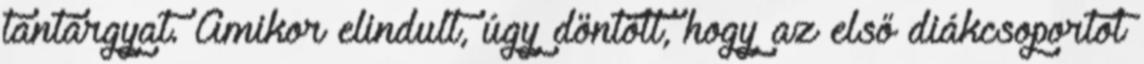
tantárgyat. Amikor elindult, úgy döntött, hogy az első diákcsoportot